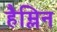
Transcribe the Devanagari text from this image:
हैम्लिन